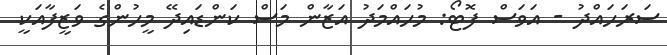
ސަރަހައްދު - އަވަސް ފޮޓޯ: މުހައްމަދު އަޒާން މަސް ކަންޑައިދޭ މީހުންގެ ވަޒީފާއަކީ